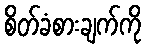
စိတ်ခံစားချက်ကို